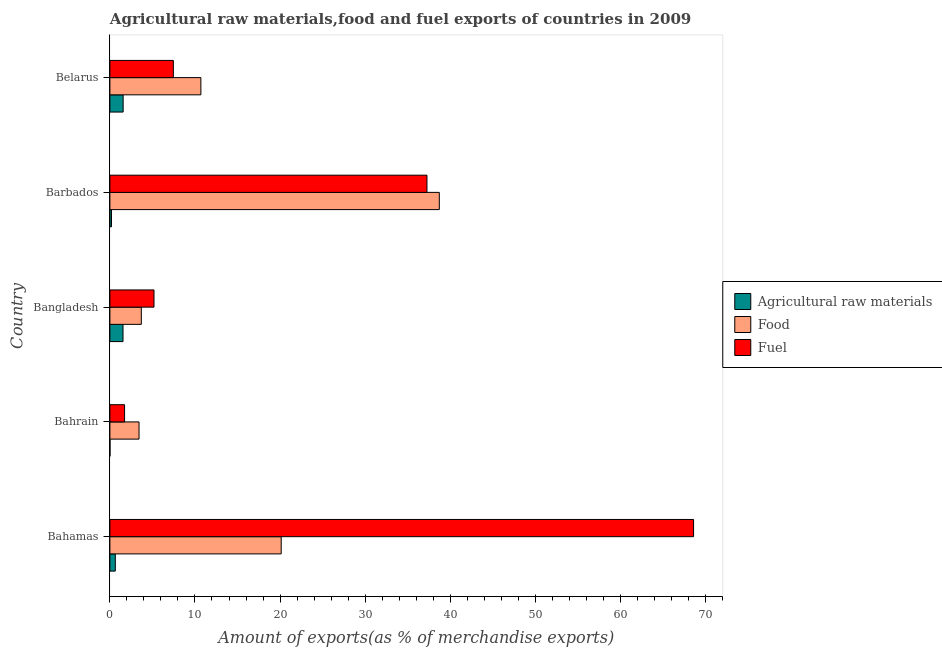
| Country | Agricultural raw materials | Food | Fuel |
 | --- | --- | --- | --- |
 | Bahamas | 0.636 | 20.1 | 68.6 |
 | Bahrain | 0.0111 | 3.42 | 1.73 |
 | Bangladesh | 1.54 | 3.69 | 5.18 |
 | Barbados | 0.187 | 38.7 | 37.3 |
 | Belarus | 1.56 | 10.7 | 7.46 |